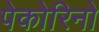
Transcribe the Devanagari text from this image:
पेकोरिनो